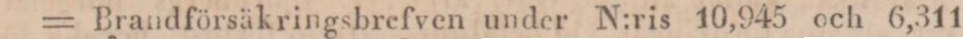
= Brandförsäkringsbrefven under N:ris 10,945 och 6,311